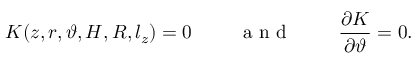
K ( z , r , \vartheta , H , R , l _ { z } ) = 0 ~ ~ ~ ~ ~ ~ ~ \mathrm { ~ a ~ n ~ d ~ } ~ ~ ~ ~ ~ ~ ~ \frac { \partial K } { \partial \vartheta } = 0 .